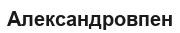
Александровпен